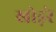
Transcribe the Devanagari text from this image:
खोड़रे